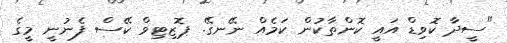
"ސީދާ ކޮވިޑް އައީ ކޮންތާކުން ކަމެއް ނޭނގޭ. ޕޮޒިޓިވް ކޭސް ފެނުނީ މީގެ